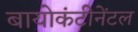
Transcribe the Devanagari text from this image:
बायोकंटीनेंटल